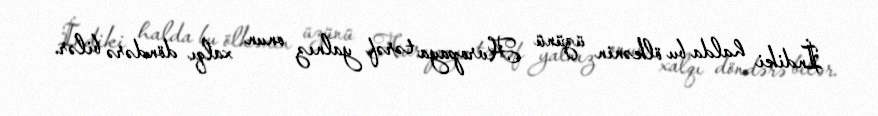
İndiki halda bu ölkənin üzünü Avropaya tərəf yalnız onun xalqı döndərə bilər.